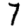
Digit: 7